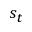
s _ { t }